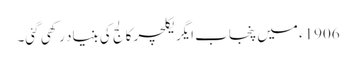
1906ء میں پنجاب ایگریکلچر کالج کی بنیاد رکھی گئی۔